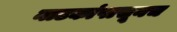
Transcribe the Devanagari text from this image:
नाटकांपासूनच